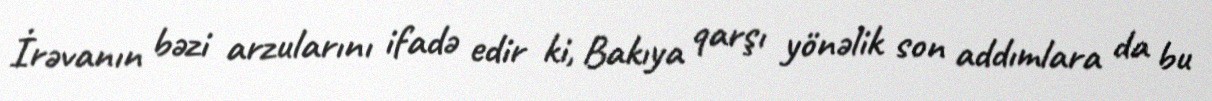
İrəvanın bəzi arzularını ifadə edir ki, Bakıya qarşı yönəlik son addımlara da bu